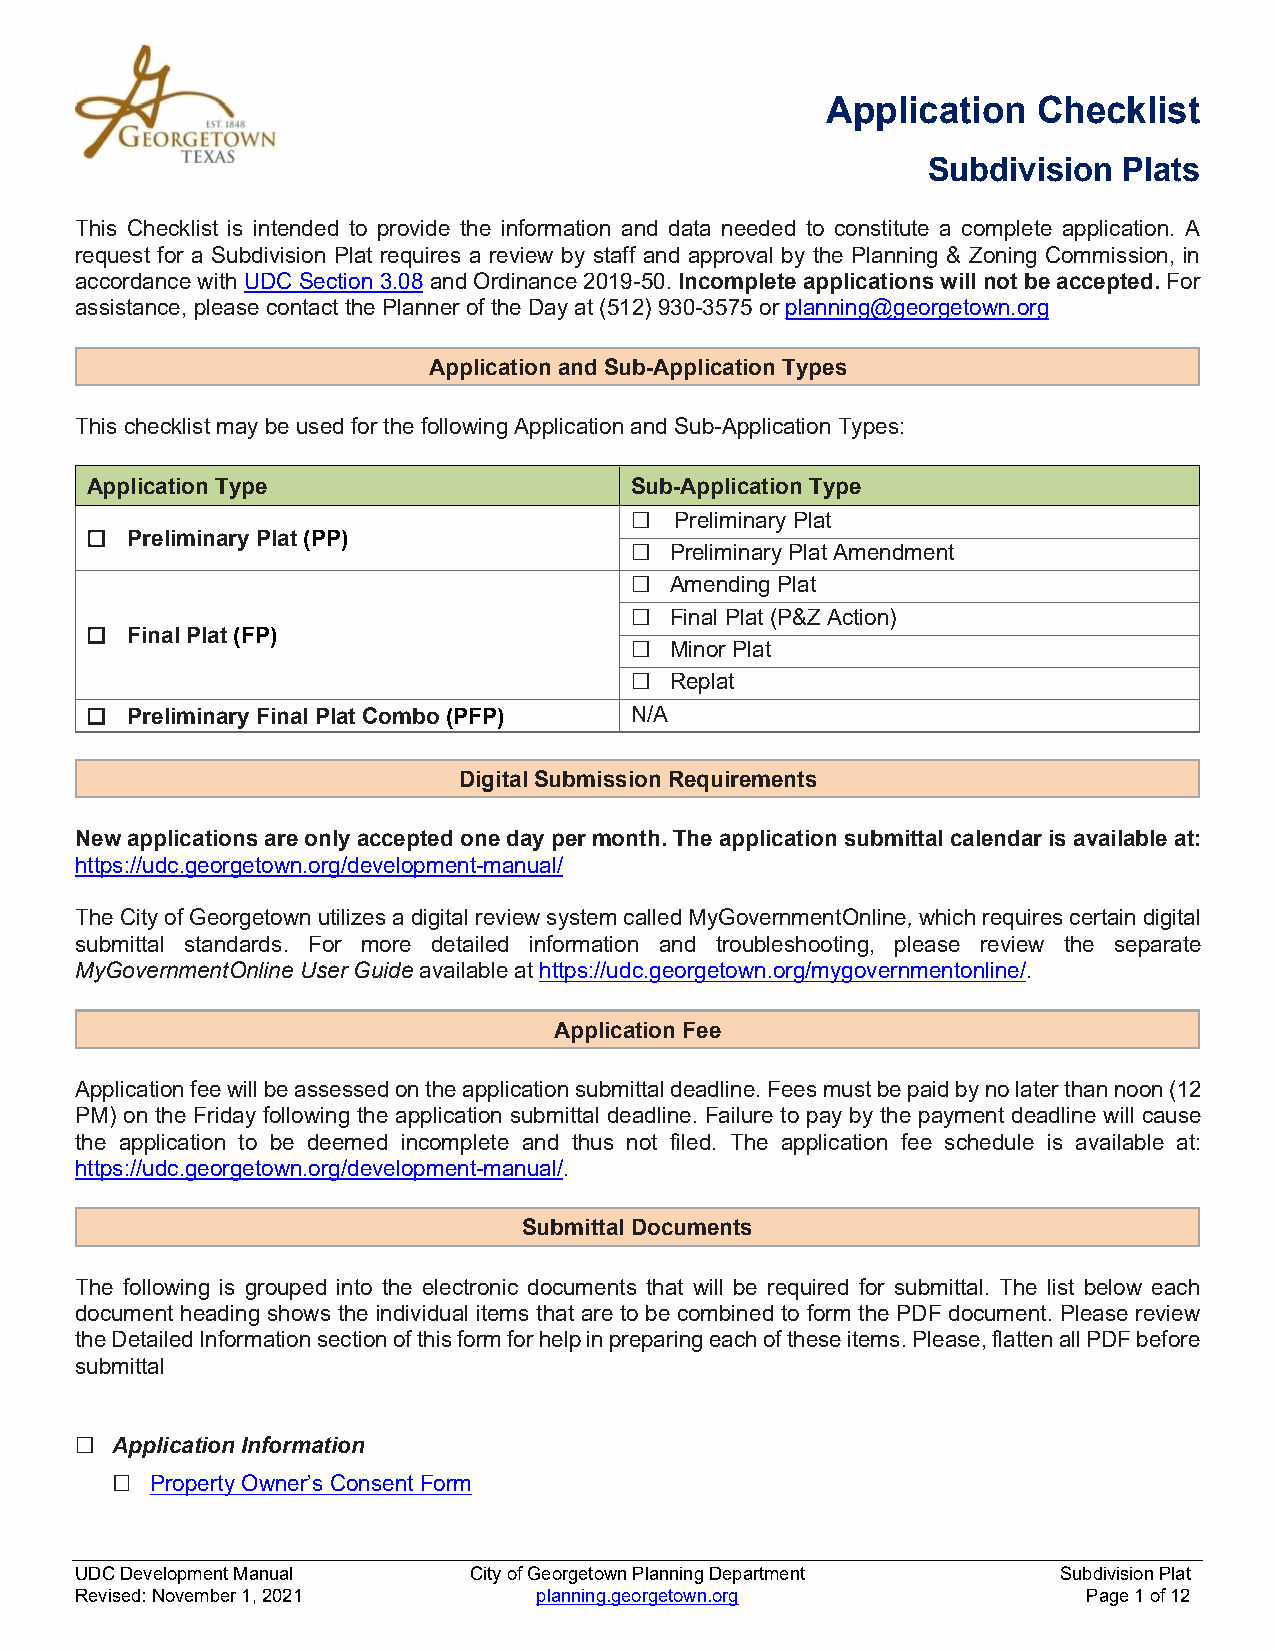
Application   Checklist
 Subdivision  Plats
 This Checklist is intended to provide the information and data needed to constitute a complete application. A
 request for a Subdivision Plat requires a review by staff and approval by the Planning & Zoning Commission, in
 accordance with UDC Section 3.08 and Ordinance 2019-50. Incomplete applications will not be accepted. For
 assistance, please contact the Planner of the Day at (512) 930-3575 or planning@georgetown.org
 Application and Sub-Application Types
 This checklist may be used for the following Application and Sub-Application Types:
 Application Type                    Sub-Application Type
 ☐  Preliminary Plat
 ☐ Preliminary Plat (PP)
 ☐ Preliminary Plat Amendment
 ☐ Amending Plat
 ☐ Final Plat (P&Z Action)
 ☐ Final Plat (FP)
 ☐ Minor Plat
 ☐ Replat
 ☐ Preliminary Final Plat Combo (PFP) N/A
 Digital Submission Requirements
 New applications are only accepted one day per month. The application submittal calendar is available at:
 https://udc.georgetown.org/development-manual/
 The City of Georgetown utilizes a digital review system called MyGovernmentOnline, which requires certain digital
 submittal standards. For more detailed information and troubleshooting, please review the separate
 MyGovernmentOnline User Guide available at https://udc.georgetown.org/mygovernmentonline/.
 Application Fee
 Application fee will be assessed on the application submittal deadline. Fees must be paid by no later than noon (12
 PM) on the Friday following the application submittal deadline. Failure to pay by the payment deadline will cause
 the application to be deemed incomplete and thus not filed. The application fee schedule is available at:
 https://udc.georgetown.org/development-manual/.
 Submittal Documents
 The following is grouped into the electronic documents that will be required for submittal. The list below each
 document heading shows the individual items that are to be combined to form the PDF document. Please review
 the Detailed Information section of this form for help in preparing each of these items. Please, flatten all PDF before
 submittal
 ☐ Application Information
 □  Property Owner’s Consent Form
 UDC Development Manual    City of Georgetown Planning Department Subdivision Plat
 Revised: November 1, 2021      planning.georgetown.org             Page 1 of 12